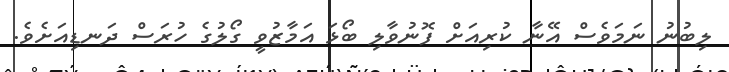
ލިބުނު ނަމަވެސް އޭނާ ކުރިއަށް ފޮނުވާލި ބޯޅަ އަމާޒުވީ ގޯލުގެ ހުރަސް ދަނޑިއަށެވެ.